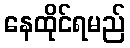
နေထိုင်ရမည်